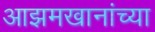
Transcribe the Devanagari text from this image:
आझमखानांच्या